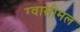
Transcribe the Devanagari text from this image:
ग्वासीमल